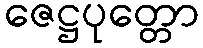
ဇေဋ္ဌပုတ္တော